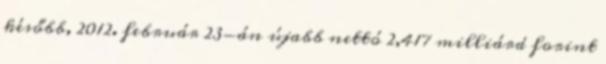
később, 2012. február 23-án újabb nettó 2,417 milliárd forint